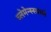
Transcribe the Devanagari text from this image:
च्लेमेन्स्स्त्रस्से